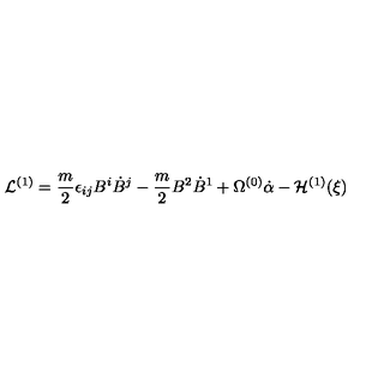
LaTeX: { \cal L } ^ { ( 1 ) } = \frac { m } { 2 } \epsilon _ { i j } B ^ { i } \dot { B } ^ { j } - \frac { m } { 2 } B ^ { 2 } \dot { B } ^ { 1 } + \Omega ^ { ( 0 ) } \dot { \alpha } - { \cal H } ^ { ( 1 ) } ( \xi )